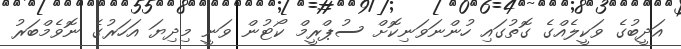
އަދީބުގެ ވަކީލެއްގެ ގޮތުގައި ހުންނަވަނިކޮށް ސުޕްރީމް ކޯޓުން ވަނީ މިދިޔަ އަހަރުގެ ނޮވެމްބަރު